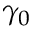
\gamma _ { 0 }